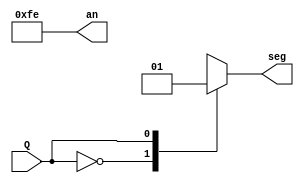
`timescale 1ns / 1ps
//////////////////////////////////////////////////////////////////////////////////
// Company: 
// Engineer: 
// 
// Design Name: 
// Module Name: bcd_conversion
// Project Name: 
// Target Devices: 
// Tool Versions: 
// Description: 
// 
// Dependencies: 
// 
// Revision:
// Revision 0.01 - File Created
// Additional Comments:
// 
//////////////////////////////////////////////////////////////////////////////////


module bcd_conversion(
    input Q,
    output reg seg,
    output [7:0] an
    );
    
     assign an = 8'b11111110;
       always @ *
           begin
               case(Q)
                   4'b0000:seg = 7'b1000000;
                   4'b0001:seg = 7'b1111001;
                   4'b0010:seg = 7'b0100100;
                   4'b0011:seg = 7'b0110000;
                   4'b0100:seg = 7'b0011001;
                   4'b0101:seg = 7'b0010010;
                   4'b0110:seg = 7'b0000010;
                   4'b0111:seg = 7'b1111000;
                   4'b1000:seg = 7'b0000000;
                   4'b1001:seg = 7'b0010000;
                   default:seg = 7'b1111111;
               endcase
           end
    
endmodule